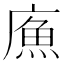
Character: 𢊧